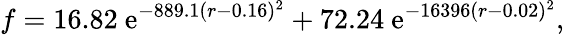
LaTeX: f=16.82\ \mathrm{e}^{-889.1(r-0.16)^{2}}+72.24\ \mathrm{e}^{-16396(r-0.02)^{2}},